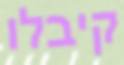
קיבלו